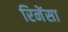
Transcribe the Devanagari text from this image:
रिनेंसा